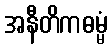
အနီတိကဓမ္မံ